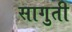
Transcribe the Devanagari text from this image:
सागुती